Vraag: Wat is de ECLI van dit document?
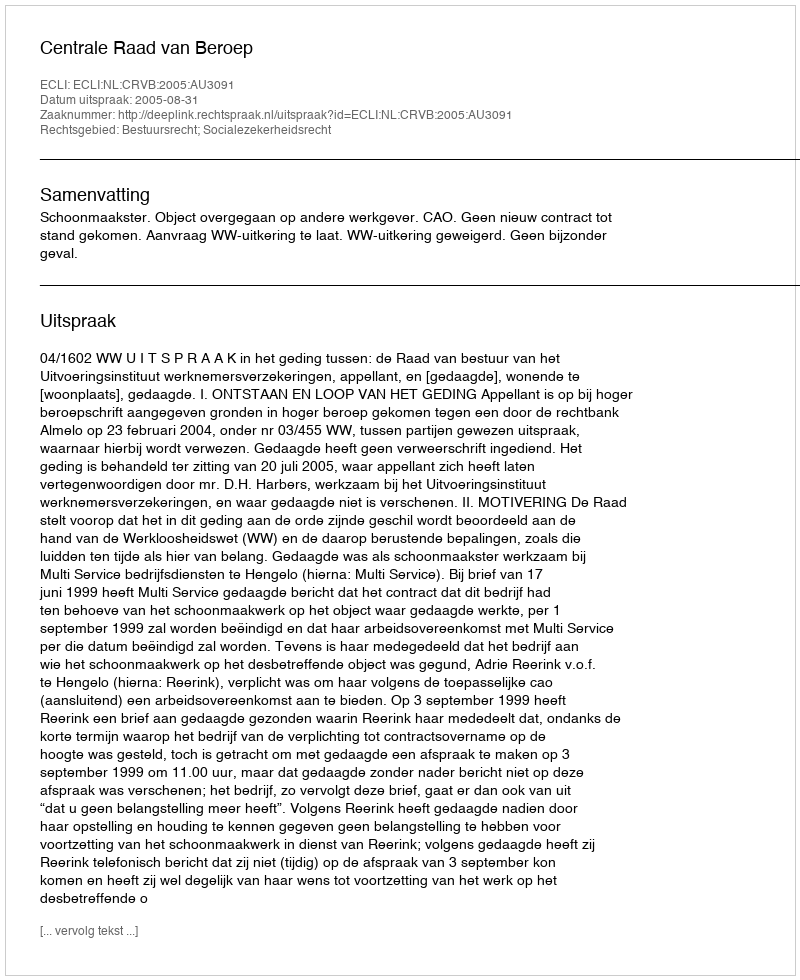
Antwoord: ECLI:NL:CRVB:2005:AU3091